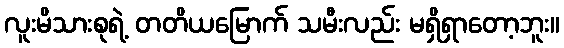
လူးမိသားစုရဲ့ တတိယမြောက် သမီးလည်း မရှိရှာတော့ဘူး။